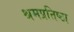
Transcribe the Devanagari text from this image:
श्रमप्रतिष्ठा